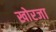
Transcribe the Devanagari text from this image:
खोरजा